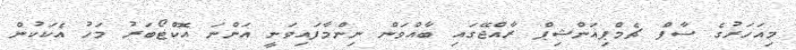
މިއަހަރުގެ ސާފް ޗެމްޕިއަންޝިޕް ރާއްޖޭގައި ބާއްވަން ނިންމާފައިވަނީ އަންނަ އޮކްޓޯބަރު މަހު އެކަކުން